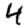
Digit: 4